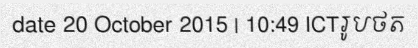
date 20 October 2015 | 10:49 ICTរូបថត